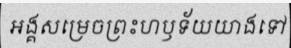
អង្គសម្រេចព្រះហឫទ័យយាងទៅ